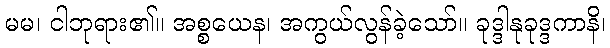
မမ၊ ငါဘုရား၏။ အစ္စယေန၊ အကွယ်လွန်ခဲ့သော်။ ခုဒ္ဒါနုခုဒ္ဒကာနိ၊